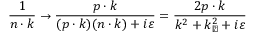
{ \frac { 1 } { n \cdot k } } \rightarrow { \frac { p \cdot k } { ( p \cdot k ) ( n \cdot k ) + i \varepsilon } } = { \frac { 2 p \cdot k } { k ^ { 2 } + k _ { \perp } ^ { 2 } + i \varepsilon } }